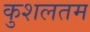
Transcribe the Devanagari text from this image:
कुशलतम